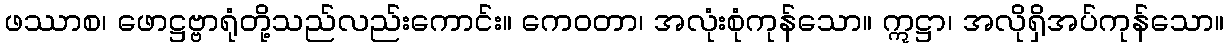
ဖဿာစ၊ ဖောဋ္ဌဗ္ဗာရုံတို့သည်လည်းကောင်း။ ကေဝတာ၊ အလုံးစုံကုန်သော။ ဣဋ္ဌာ၊ အလိုရှိအပ်ကုန်သော။